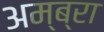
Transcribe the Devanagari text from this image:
अम्ब्रा